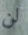
لن